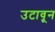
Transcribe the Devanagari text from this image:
उटावून